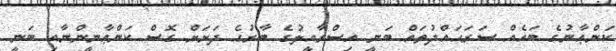
ކަންޢާނުގެ ބައެއް ސަރަޙައްދުތައް ބަނީ އިސްރާއީލުގެ ބާރުގެ ދަށަށް ގޮސް ކަންޢާނީންނާއި ބަނީ